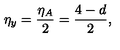
\eta _ { y } = \frac { \eta _ { A } } { 2 } = \frac { 4 - d } { 2 } ,